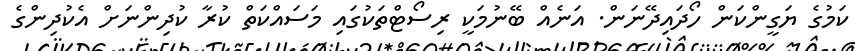
ކަމުގެ ޔަގީންކަން ހޯދައިދޭނަން. އަނެއް ބޭނުމަކީ ރިސޯޓްތަކުގައި މަސައްކަތް ކުރާ ކުދިންނަށް އެކުދިންގެ